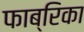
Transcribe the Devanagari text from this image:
फाब्रिका